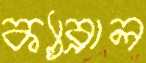
ক্যাব্রাল